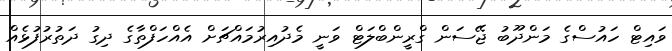
ވައިޓް ހައުސްގެ މަންދޫބު ޖޭސަން ގްރީންބްލަޓް ވަނީ މެދުއިރުމައްޗަށް އެއްހަފްތާގެ ދިގު ދަތުރުފުޅެއް